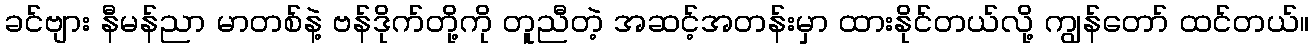
ခင်ဗျား နီမန်ညာ မာတစ်နဲ့ ဗန်ဒိုက်တို့ကို တူညီတဲ့ အဆင့်အတန်းမှာ ထားနိုင်တယ်လို့ ကျွန်တော် ထင်တယ်။